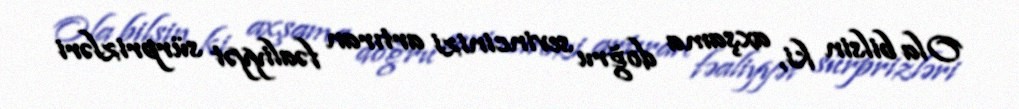
Ola bilsin ki, axşama doğru sevincinizi artıran fəaliyyət sürprizləri